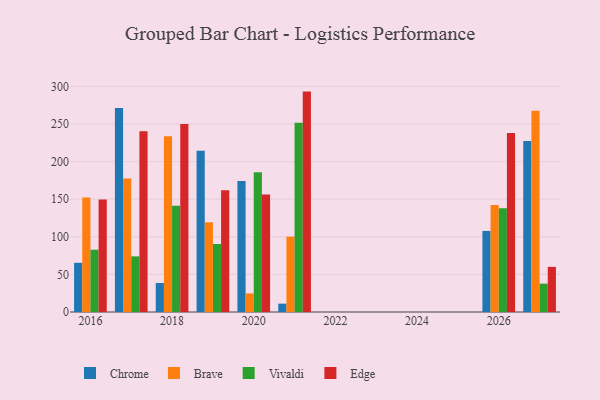
{"axis": {"x": "Year", "y": "Tickets Resolved"}, "legend": ["Brave", "Chrome", "Edge", "Vivaldi"], "data": [{"x": "2018", "y": 38.6, "type": "Chrome"}, {"x": "2018", "y": 233.8, "type": "Brave"}, {"x": "2018", "y": 141.3, "type": "Vivaldi"}, {"x": "2018", "y": 250.1, "type": "Edge"}, {"x": "2017", "y": 271.4, "type": "Chrome"}, {"x": "2017", "y": 177.7, "type": "Brave"}, {"x": "2017", "y": 74.0, "type": "Vivaldi"}, {"x": "2017", "y": 240.5, "type": "Edge"}, {"x": "2020", "y": 174.1, "type": "Chrome"}, {"x": "2020", "y": 24.7, "type": "Brave"}, {"x": "2020", "y": 185.7, "type": "Vivaldi"}, {"x": "2020", "y": 156.4, "type": "Edge"}, {"x": "2021", "y": 11.1, "type": "Chrome"}, {"x": "2021", "y": 100.2, "type": "Brave"}, {"x": "2021", "y": 251.8, "type": "Vivaldi"}, {"x": "2021", "y": 293.1, "type": "Edge"}, {"x": "2019", "y": 214.4, "type": "Chrome"}, {"x": "2019", "y": 119.2, "type": "Brave"}, {"x": "2019", "y": 90.4, "type": "Vivaldi"}, {"x": "2019", "y": 162.0, "type": "Edge"}, {"x": "2016", "y": 65.4, "type": "Chrome"}, {"x": "2016", "y": 152.2, "type": "Brave"}, {"x": "2016", "y": 82.8, "type": "Vivaldi"}, {"x": "2016", "y": 149.6, "type": "Edge"}, {"x": "2027", "y": 227.4, "type": "Chrome"}, {"x": "2027", "y": 267.5, "type": "Brave"}, {"x": "2027", "y": 37.7, "type": "Vivaldi"}, {"x": "2027", "y": 60.0, "type": "Edge"}, {"x": "2026", "y": 107.8, "type": "Chrome"}, {"x": "2026", "y": 142.2, "type": "Brave"}, {"x": "2026", "y": 137.9, "type": "Vivaldi"}, {"x": "2026", "y": 238.1, "type": "Edge"}]}